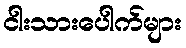
ငါးသားပေါက်များ